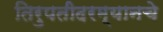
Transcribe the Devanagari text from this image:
तिरुपतीदरम्यानचे